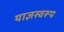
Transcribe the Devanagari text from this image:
याज्ञस्वरूप